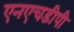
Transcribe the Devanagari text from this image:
एनएचडीपी